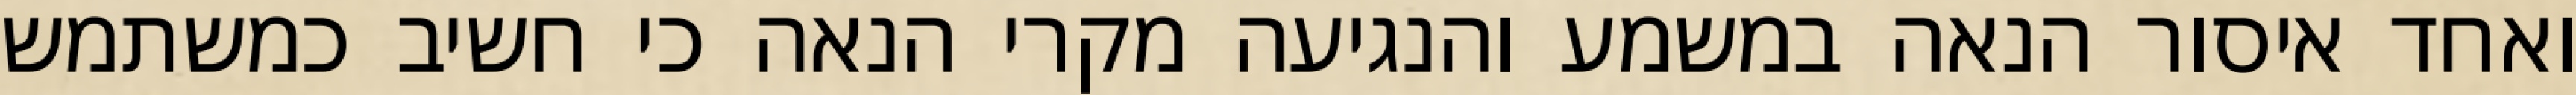
ואחד איסור הנאה במשמע והנגיעה מקרי הנאה כי חשיב כמשתמש